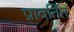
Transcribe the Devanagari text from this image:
प्रावर्तित